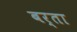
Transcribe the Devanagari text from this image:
बर्ता